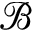
\mathcal { B }